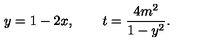
y = 1 - 2 x , \qquad t = \frac { 4 m ^ { 2 } } { 1 - y ^ { 2 } } .